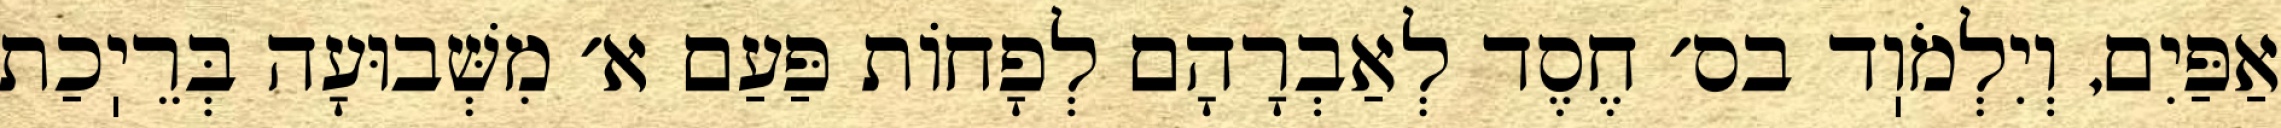
אַפַּיִם, וְיִלְמֹוֽד בס׳ חֶסֶד לְאַבְרָהָם לְפָחוֹת פַּעַם א׳ מִשְּׁבוּעָה בְּרֵיֽכַת